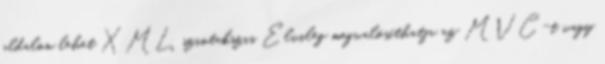
oldalon lehet XML szintakszis Elvileg megvalósíthatja az MVC-t vagy